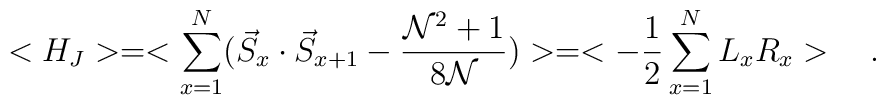
<H_{J}>=<\sum_{x=1}^{N}(\vec{S}_{x}\cdot \vec{S}_{x+1}-\frac{{\cal N}^{2}+1}{8\cal N})>=<-\frac{1}{2}\sum_{x=1}^{N}L_{x}R_{x}>\quad .